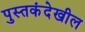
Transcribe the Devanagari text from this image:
पुस्तकंदेखील